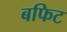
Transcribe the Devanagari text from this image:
बफिट